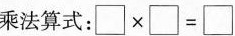
乘法算式：$$\Box \times \Box = \Box$$